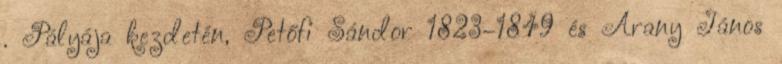
. Pályája kezdetén, Petőfi Sándor 1823–1849 és Arany János